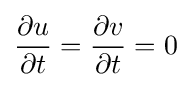
{\frac {\partial u}{\partial t}}={\frac {\partial v}{\partial t}}=0